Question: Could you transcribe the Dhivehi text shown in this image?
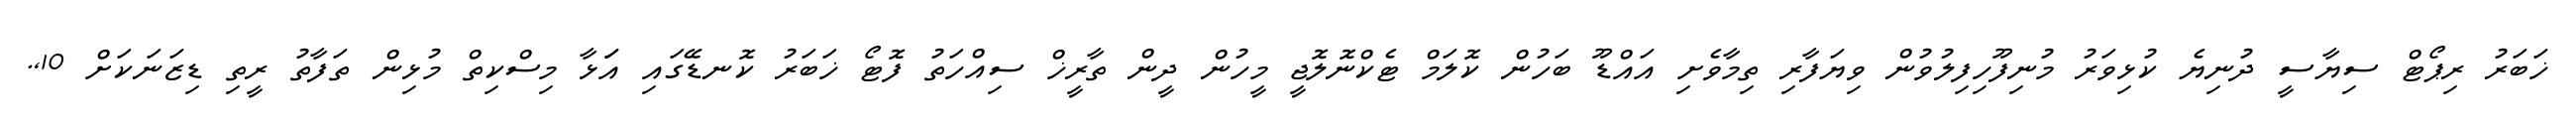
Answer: ޚަބަރު ރިޕޯޓް ސިޔާސީ ދުނިޔެ ކުޅިވަރު މުނިފޫހިފިލުވުން ވިޔަފާރި ތިމާވެށި އައްޑޫ ބަހުން ކޮލަމް ޓެކްނޮލޮޖީ މީހުން ދީން ތާރީޚް ސިއްހަތު ފޮޓޯ ޚަބަރު ކޮނޑޭގައި އަަޅާ މިސްކިތް މުޅިން ތަފާތު ރީތި ޑިޒަނަކަށް 10,.